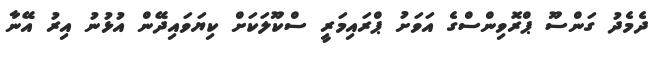
ދެމެދު ގަންސޫ ޕްރޮވިންސްގެ އަވަށު ޕްރައިމަރީ ސްކޫލަކަށް ކިޔަވައިދޭން އުޅުނު އިރު އޭނާ